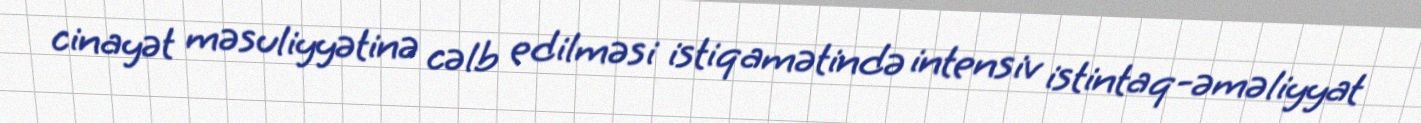
cinayət məsuliyyətinə cəlb edilməsi istiqamətində intensiv istintaq-əməliyyat